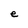
Character: e